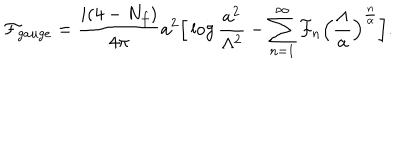
LaTeX: { \cal F } _ { g a u g e } = \frac { i ( 4 - N _ { f } ) } { 4 \pi } a ^ { 2 } \Big [ \log \frac { a ^ { 2 } } { \Lambda ^ { 2 } } - \sum _ { n = 1 } ^ { \infty } { \cal F } _ { n } \Big ( \frac { \Lambda } { a } \Big ) ^ { \frac { n } { \alpha } } \Big ] .